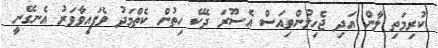
ކުރިމަތި ލާން އަދި ޖެހިލުންވިއަސް އެސޫރަ ދެކޭ ހިތުން ކެތްމަދު ވެފައިވާވަރު އެނގޭނީ